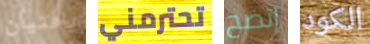
يافتيان تحترمني إتضح الكود